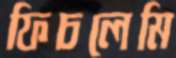
ফিচলেমি